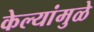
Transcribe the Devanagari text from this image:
केल्यांमुळे